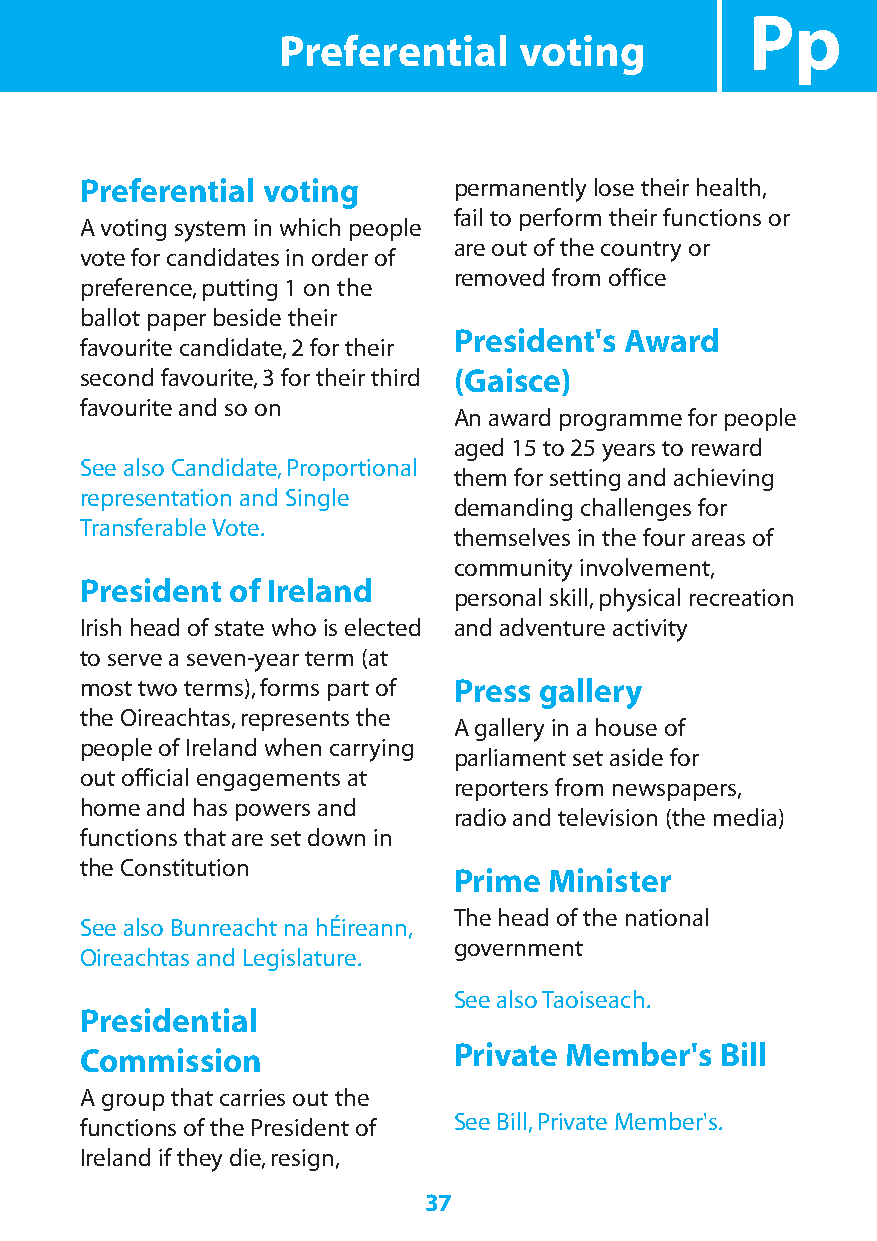
Pp
 Preferential    voting
 Preferential voting      permanently lose their health,
 fail to perform their functions or
 A voting system in which people
 are out of the country or
 vote for candidates in order of
 removed from office
 preference,putting 1 on the
 ballot paper beside their
 President's Award
 favourite candidate,2 for their
 second favourite,3 for their third (Gaisce)
 favourite and so on
 An award programme for people
 aged 15 to 25 years to reward
 See also Candidate,Proportional
 them for setting and achieving
 representation and Single
 demanding challenges for
 Transferable Vote.
 themselves in the four areas of
 community involvement,
 President of Ireland
 personal skill,physical recreation
 Irish head of state who is elected and adventure activity
 to serve a seven-year term (at
 most two terms),forms part of Press gallery
 the Oireachtas,represents the
 A gallery in a house of
 people of Ireland when carrying
 parliament set aside for
 out official engagements at
 reporters from newspapers,
 home and has powers and
 radio and television (the media)
 functions that are set down in
 the Constitution
 Prime Minister
 The head of the national
 See also Bunreacht na hÉireann,
 government
 Oireachtas and Legislature.
 See also Taoiseach.
 Presidential
 Private Member's  Bill
 Commission
 A group that carries out the
 See Bill,Private Member's.
 functions of the President of
 Ireland if they die,resign,
 37